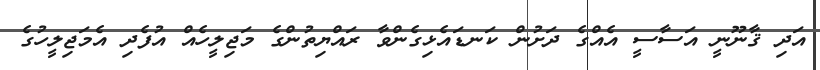
އަދި ޤާނޫނީ އަސާސީ އެއްގެ ދަށުން ކަނޑައެޅިގެންވާ ރައްޔިތުންގެ މަޖިލީހެއް އުފެދި އެމަޖިލީހުގެ